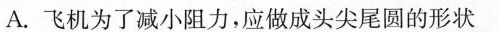
A.飞机为了减小阻力，应做成头尖尾圆的形状